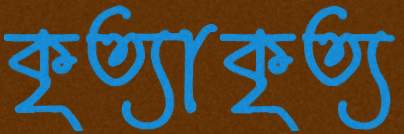
কৃত্যাকৃত্য